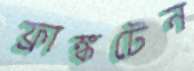
ফ্রাঙ্কটেন